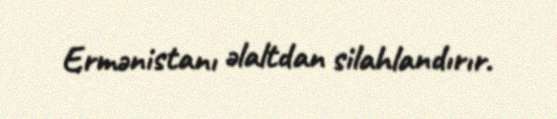
Ermənistanı əlaltdan silahlandırır.